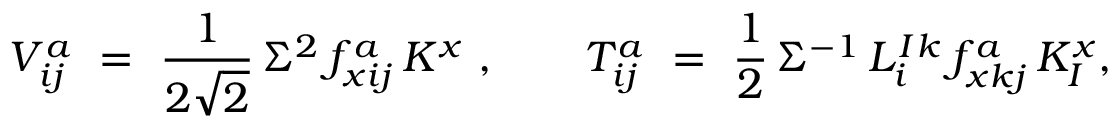
V _ { i j } ^ { a } \ = \ \frac { 1 } { 2 \sqrt 2 } \, \Sigma ^ { 2 } \, f _ { x i j } ^ { a } \, K ^ { x } ~ , \qquad T _ { i j } ^ { a } \ = \ \frac 1 2 \, \Sigma ^ { - 1 } \, L _ { i } ^ { I } { } ^ { k } \, f _ { x k j } ^ { a } \, K _ { I } ^ { x } ,